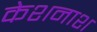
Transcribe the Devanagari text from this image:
केशनाश